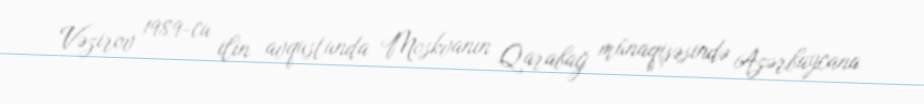
Vəzirov 1989-cu ilin avqustunda Moskvanın Qarabağ münaqişəsində Azərbaycana